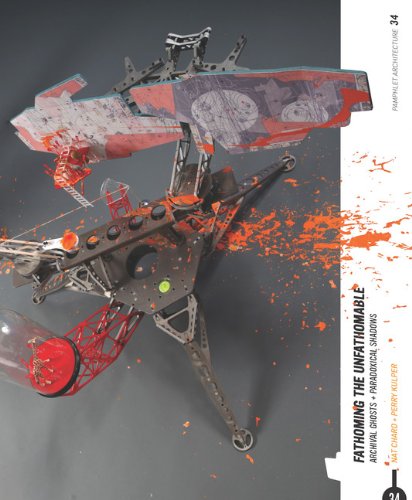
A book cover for Pamphlet Architecture 34: Fathoming the Unfathomable; Nat Chard; Arts & Photography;